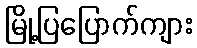
မြို့ပြပြောက်ကျား